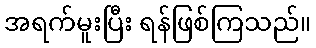
အရက်မူးပြီး ရန်ဖြစ်ကြသည်။